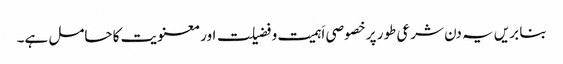
بنا بریں یہ دن شرعی طور پر خصوصی اَہمیت و فضیلت اور معنویت کا حامل ہے۔